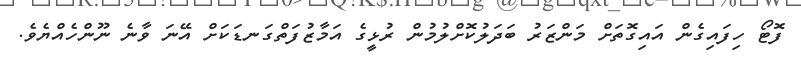
ފޮޓޯ ހިފައިގެން އައިގޮތަށް މަންޒަރު ބަދަލުކޮށްލުމުން ރުޅީގެ އަމާޒުފަތްގަނޑަކަށް އޭނަ ވާނެ ނޫންހެއްޔެވެ.